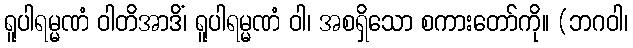
ရူပါရမ္မဏံ ဝါတိအာဒိံ၊ ရူပါရမ္မဏံ ဝါ၊ အစရှိသော စကားတော်ကို။ (ဘဂဝါ၊